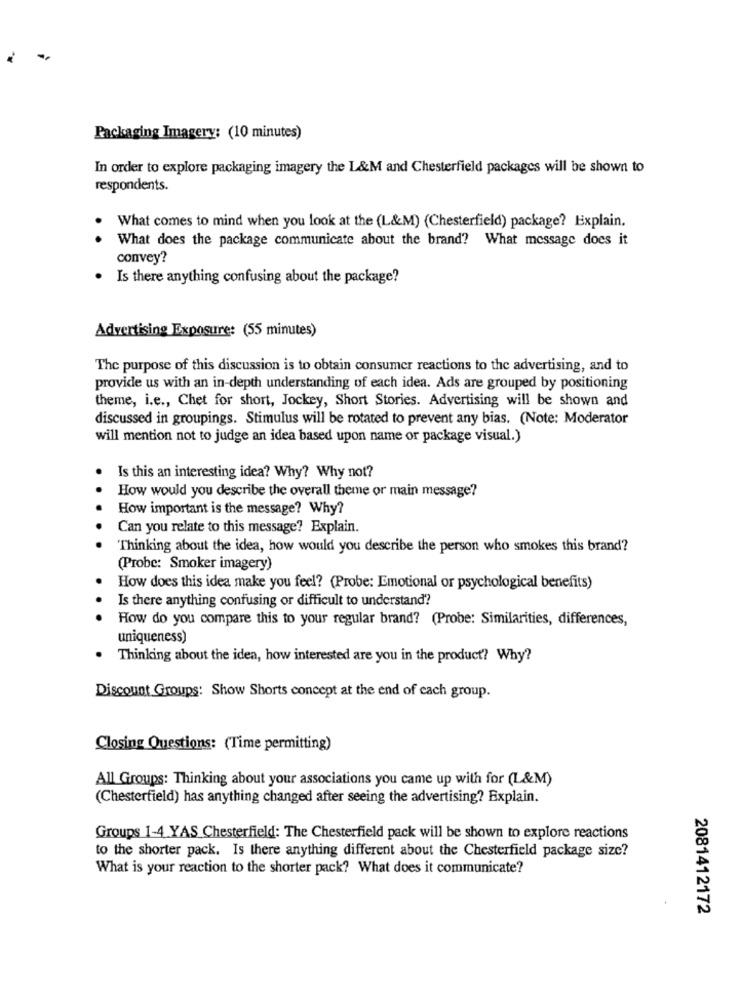
Packaging Imagery: (10 minutes)
In order to explore packaging imagery the L&M and Chesterfield packages will be shown to
respondents.
What comes to mind when you look at the (L&M) (Chesterfield) package? Explain.
What does the package communicate about the brand? What message does it
convey?
Is there anything confusing about the package?
Advertising Exposure: (55 minutes)
The purpose of this discussion is to obtain consumer reactions to the advertising, and to
provide us with an in-depth understanding of each idea. Ads are grouped by positioning
theme, i.e ., Chet for short, Jockey, Short Stories. Advertising will be shown and
discussed in groupings. Stimulus will be rotated to prevent any bias. (Note: Moderator
will mention not to judge an idea based upon name or package visual.)
Is this an interesting idea? Why? Why not?
How would you describe the overall theme or main message?
How important is the message? Why?
Can you relate to this message? Explain.
Thinking about the idea, how would you describe the person who smokes this brand?
(Probe: Smoker imagery)
How does this idea make you feel? (Probe: Emotional or psychological benefits)
Is there anything confusing or difficult to understand?
How do you compare this to your regular brand? (Probe: Similarities, differences,
uniqueness)
. Thinking about the idea, how interested are you in the product? Why?
Discount Groups: Show Shorts concept at the end of each group.
Closing Questions: (Time permitting)
All Groups: Thinking about your associations you came up with for (L&M)
(Chesterfield) has anything changed after seeing the advertising? Explain.
Groups 1-4 YAS Chesterfield: The Chesterfield pack will be shown to explore reactions
to the shorter pack. Is there anything different about the Chesterfield package size?
What is your reaction to the shorter pack? What does it communicate?
2081412172